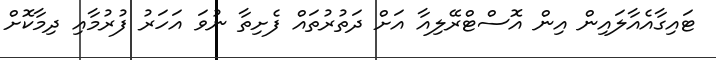
ޓައިގާއެއާލައިން އިން އޮސްޓްރޭލިއާ އަށް ދަތުރުތައް ފެށިތާ ނުވަ އަހަރު ފުރުމާއި ދިމާކޮށް